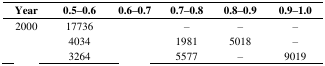
<table><thead><tr><td><b>Year</b></td><td><b>0.5–0.6</b></td><td><b>0.6–0.7</b></td><td><b>0.7–0.8</b></td><td><b>0.8–0.9</b></td><td><b>0.9–1.0</b></td></tr></thead><tbody><tr><td>2000</td><td>17736</td><td>[EMPTY_CELL]</td><td>–</td><td>–</td><td>–</td></tr><tr><td>[EMPTY_CELL]</td><td>4034</td><td>[EMPTY_CELL]</td><td>1981</td><td>5018</td><td>–</td></tr><tr><td>[EMPTY_CELL]</td><td>3264</td><td>[EMPTY_CELL]</td><td>5577</td><td>–</td><td>9019</td></tr></tbody></table>